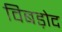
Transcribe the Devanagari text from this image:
विबड़ोद